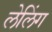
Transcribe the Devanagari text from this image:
लेलिंग